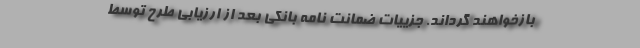
بازخواهند گرداند. جزییات ضمانت نامه بانکی بعد از ارزیابی طرح توسط